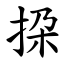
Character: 挅